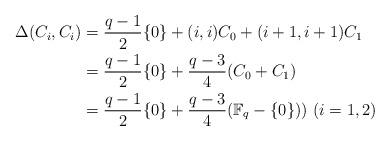
LaTeX: \begin{align*}\Delta (C_i,C_i)& = \frac{q-1}{2}\{0\}+(i,i)C_0+(i+1,i+1)C_1 \\& =\frac{q-1}{2}\{0\}+\frac{q-3}{4}(C_0+C_1)\\& =\frac{q-1}{2}\{0\}+\frac{q-3}{4}(\mathbb{F}_q-\{0\})) \ (i=1,2)\end{align*}